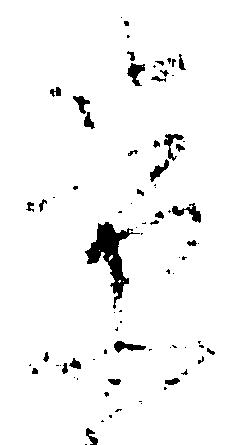
景